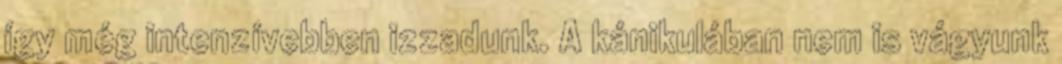
így még intenzívebben izzadunk. A kánikulában nem is vágyunk